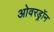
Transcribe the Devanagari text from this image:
ओवरड्रॉन